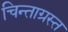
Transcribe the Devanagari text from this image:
चिन्ताग्रस्त